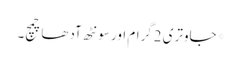
*جاوتری 2گرام اور سونٹھ آدھا چمچ۔